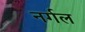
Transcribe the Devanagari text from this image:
नर्गल